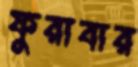
ফুরাবার